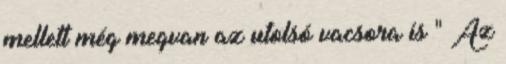
mellett még megvan az utolsó vacsora is " Az